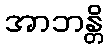
အာဘန္တိ